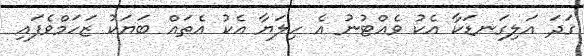
ގަދަ އަލިގަނޑަކާ އެކު ވެއްޓުނު އެ ހިލަޔާ އެކު އެތައް ބަޔަކު ޒަހަމްވެފައި